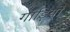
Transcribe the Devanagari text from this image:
गाड़ियोँ